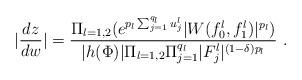
LaTeX: \begin{align*} |\dfrac{dz}{dw}| = \dfrac{\Pi_{l=1,2}(e^{p_l\sum_{j=1}^{q_l}u^l_j}|W(f^l_0,f^l_1)|^{p_l})}{|h(\Phi)|\Pi_{l=1,2}\Pi_{j=1}^{q_l}|F^l_j|^{(1-\delta)p_l}}\ . \end{align*}